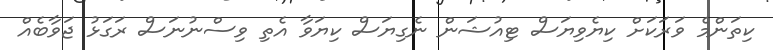
ކިތަންމެ ވަރަކަށް ކިޔެވިޔަސް ޓިއުޝަން ނެގިޔަސް ކިޔަވާ އެތި ވިސްނުނަސް ރަގަޅު ޖަވާބެއް